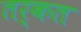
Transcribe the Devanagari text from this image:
तर्कत